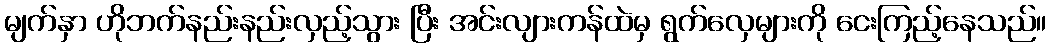
မျက်နှာ ဟိုဘက်နည်းနည်းလှည့်သွား ပြီး အင်းလျားကန်ထဲမှ ရွက်လှေများကို ငေးကြည့်နေသည်။